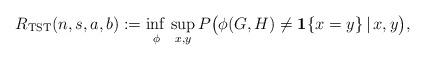
LaTeX: \begin{align*} R_{\mathrm{TST}}(n,s,a,b) := \adjustlimits \inf_{\phi} \sup_{x,y} P\big( \phi(G,H) \neq \mathbf{1}\{ x = y\} \,|\, x,y \big), \end{align*}